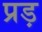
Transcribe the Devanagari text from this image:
प्रड़